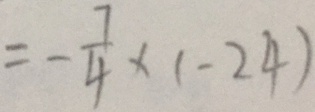
= - \frac { 7 } { 4 } \times ( - 2 4 )